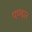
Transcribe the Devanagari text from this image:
पण्‍ढार